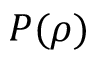
P ( \rho )